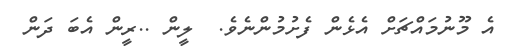
އެ މޫނުމައްޗަށް އެޅެން ފެށުމުންނެވެ.  ލީން ..ރީން އެބަ ދަން